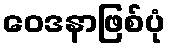
ဝေဒနာဖြစ်ပုံ